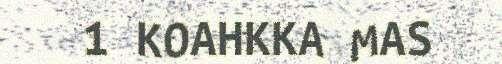
1 KOAHKKA MAS